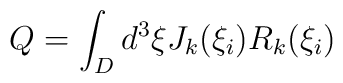
Q=\int_{D}d^3 \xi J_k(\xi_i)R_k(\xi_i)